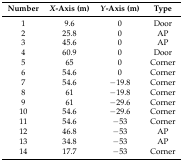
<table><thead><tr><td><b>Number</b></td><td><b><i>X</i>-Axis (m)</b></td><td><b><i>Y</i>-Axis (m)</b></td><td><b>Type</b></td></tr></thead><tbody><tr><td>1</td><td>9.6</td><td>0</td><td>Door</td></tr><tr><td>2</td><td>25.8</td><td>0</td><td>AP</td></tr><tr><td>3</td><td>45.6</td><td>0</td><td>AP</td></tr><tr><td>4</td><td>60.9</td><td>0</td><td>Door</td></tr><tr><td>5</td><td>65</td><td>0</td><td>Corner</td></tr><tr><td>6</td><td>54.6</td><td>0</td><td>Corner</td></tr><tr><td>7</td><td>54.6</td><td>−19.8</td><td>Corner</td></tr><tr><td>8</td><td>61</td><td>−19.8</td><td>Corner</td></tr><tr><td>9</td><td>61</td><td>−29.6</td><td>Corner</td></tr><tr><td>10</td><td>54.6</td><td>−29.6</td><td>Corner</td></tr><tr><td>11</td><td>54.6</td><td>−53</td><td>Corner</td></tr><tr><td>12</td><td>46.8</td><td>−53</td><td>AP</td></tr><tr><td>13</td><td>34.8</td><td>−53</td><td>AP</td></tr><tr><td>14</td><td>17.7</td><td>−53</td><td>Corner</td></tr></tbody></table>